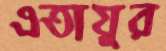
এতায়ুর